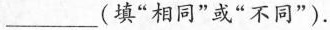
___(填”相同”或”不同”).